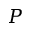
P